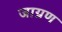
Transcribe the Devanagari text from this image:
जाग्रण